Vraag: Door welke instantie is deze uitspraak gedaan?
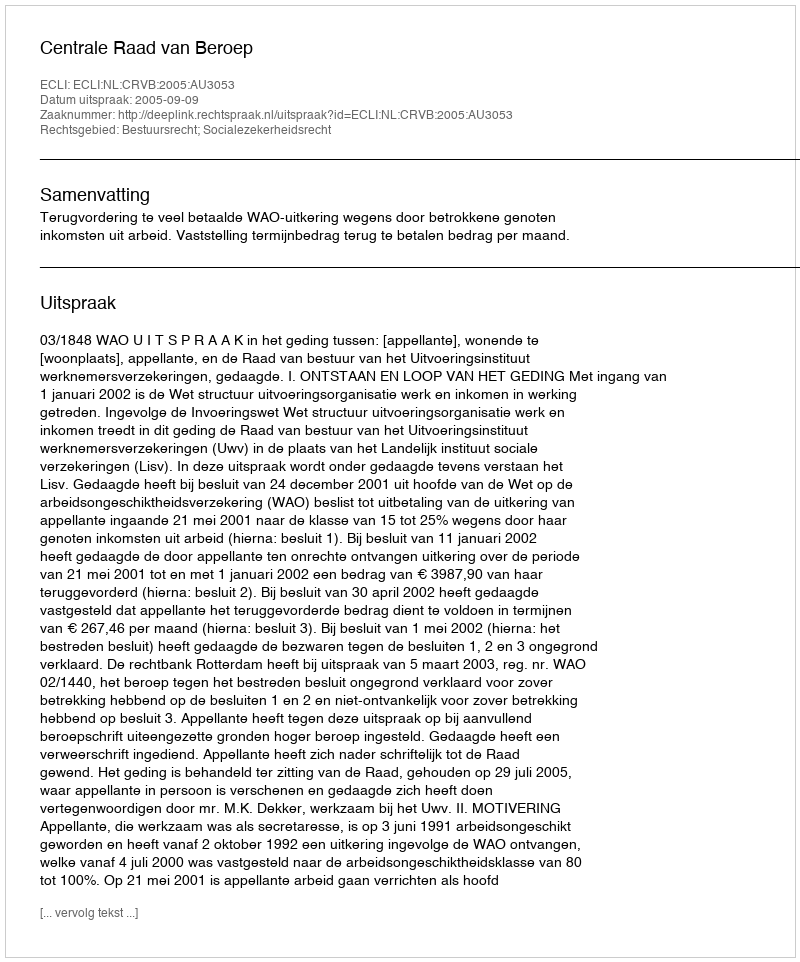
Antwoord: Centrale Raad van Beroep